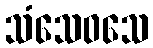
သံသေဝသေ